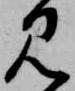
見